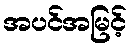
အပင်အမြင့်